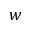
\boldsymbol { w }